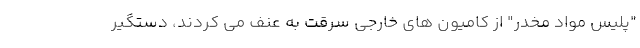
"پلیس مواد مخدر" از کامیون های خارجی سرقت به عنف می کردند، دستگیر